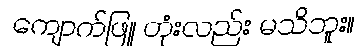
ကျောက်ဖြူ တုံးလည်း မသိဘူး။